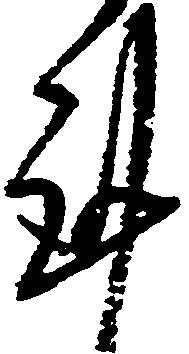
謹